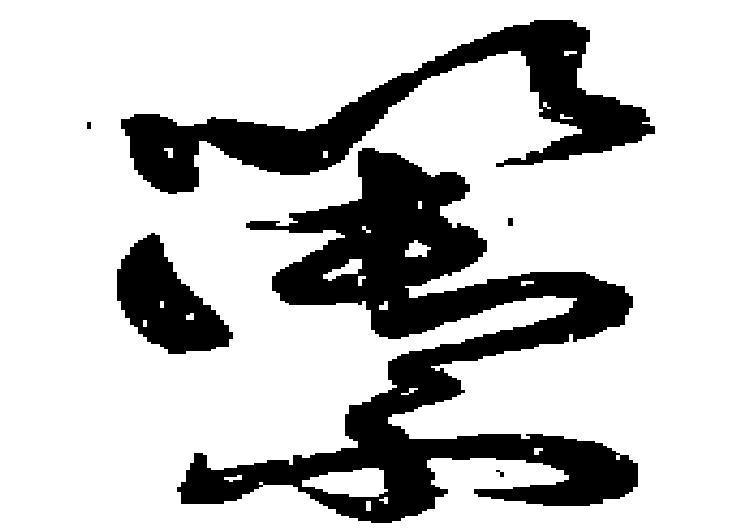
籞